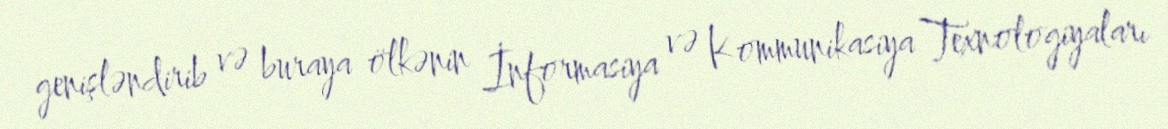
genişləndirib və buraya ölkənin İnformasiya və Kommunikasiya Texnologiyaları